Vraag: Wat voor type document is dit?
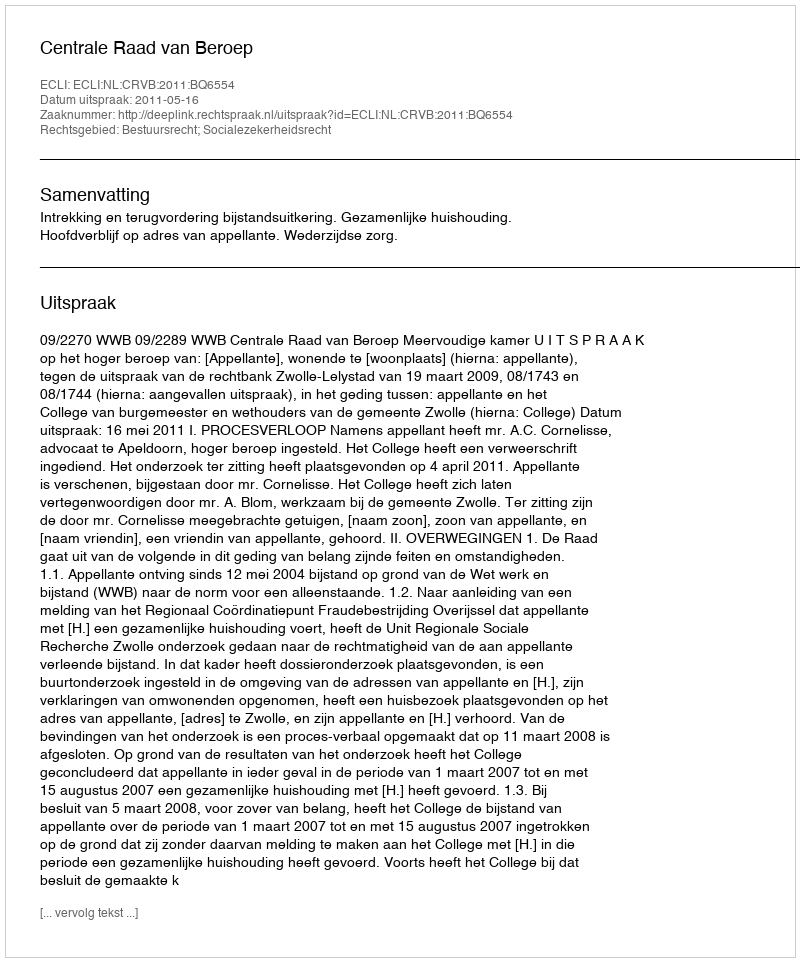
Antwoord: Uitspraak